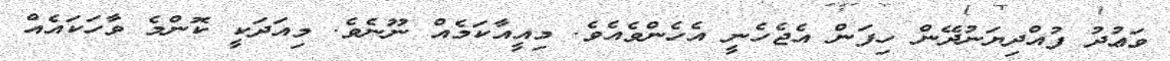
ވަޢުދު ފުއްދިޔަނުދޭން ހިފަން އެޖެހެނީ އެހެންވެއެވެ. މިއީއާކަމެއް ނޫނެވެ. މިއަދަކީ ކޮންމެ ވާހަކައެއް